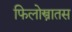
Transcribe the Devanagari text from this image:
फिलोस्त्रातस